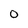
Character: O